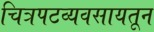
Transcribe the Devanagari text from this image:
चित्रपटव्यवसायतून